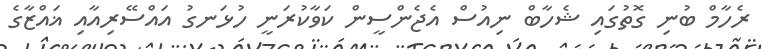
ރެހާމް ބުނި ގޮތުގައި ޝެހާބް ނިއުސް އެޖެންސީން ކަވާކުރަނީ ހުޅަނގު އައްސޭރިއާއި ޣައްޒާގެ